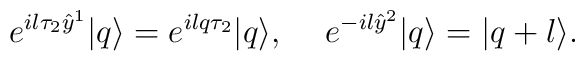
e^{i l \tau_2 \hat{y}^1}|q\rangle = e^{ilq\tau_2}|q\rangle, \hspace{5mm}e^{- i l \hat{y}^2}|q\rangle = |q + l\rangle.